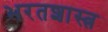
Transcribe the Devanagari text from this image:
भरतशास्त्र